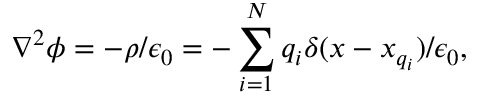
\nabla ^ { 2 } \phi = - \rho / \epsilon _ { 0 } = - \sum _ { i = 1 } ^ { N } q _ { i } \delta ( x - x _ { q _ { i } } ) / \epsilon _ { 0 } ,